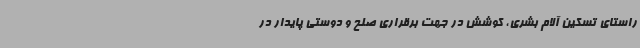
راستای تسکین آلام بشری، کوشش در جهت برقراری صلح و دوستی پایدار در